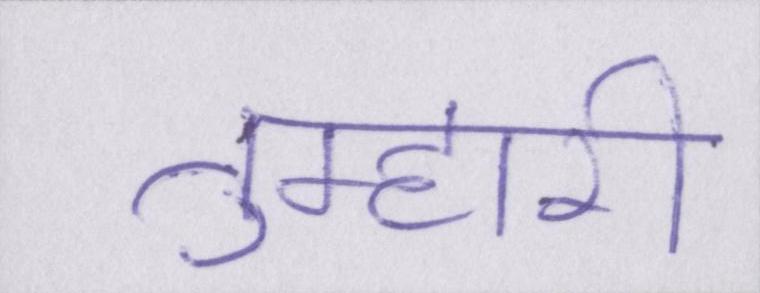
तुम्हारी